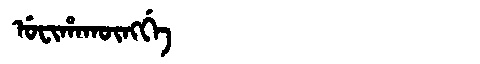
Manchu: ᡠᠸᡳᡥᠠᡴᡡᠩᡤᡝ
Romanization: UFIHAKŪNGGE